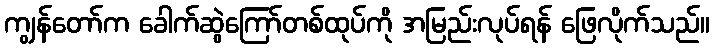
ကျွန်တော်က ခေါက်ဆွဲကြော်တစ်ထုပ်ကို အမြည်းလုပ်ရန် ဖြေလိုက်သည်။